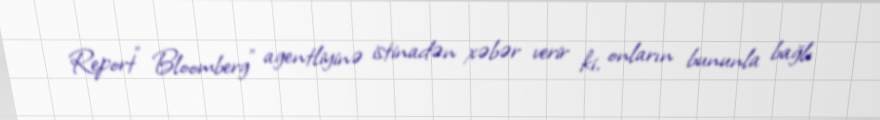
Report" Bloomberg" agentliyinə istinadən xəbər verir ki, onların bununla bağlı